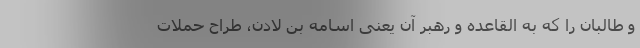
و طالبان را که به القاعده و رهبر آن یعنی اسامه بن لادن، طراح حملات